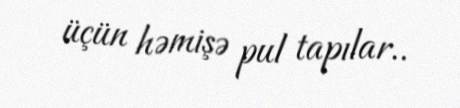
üçün həmişə pul tapılar..